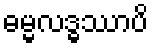
ဓမ္မလဒ္ဓဿာပိ